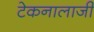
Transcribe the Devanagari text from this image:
टेकनालाजी